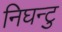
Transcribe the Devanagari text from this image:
निघन्टु